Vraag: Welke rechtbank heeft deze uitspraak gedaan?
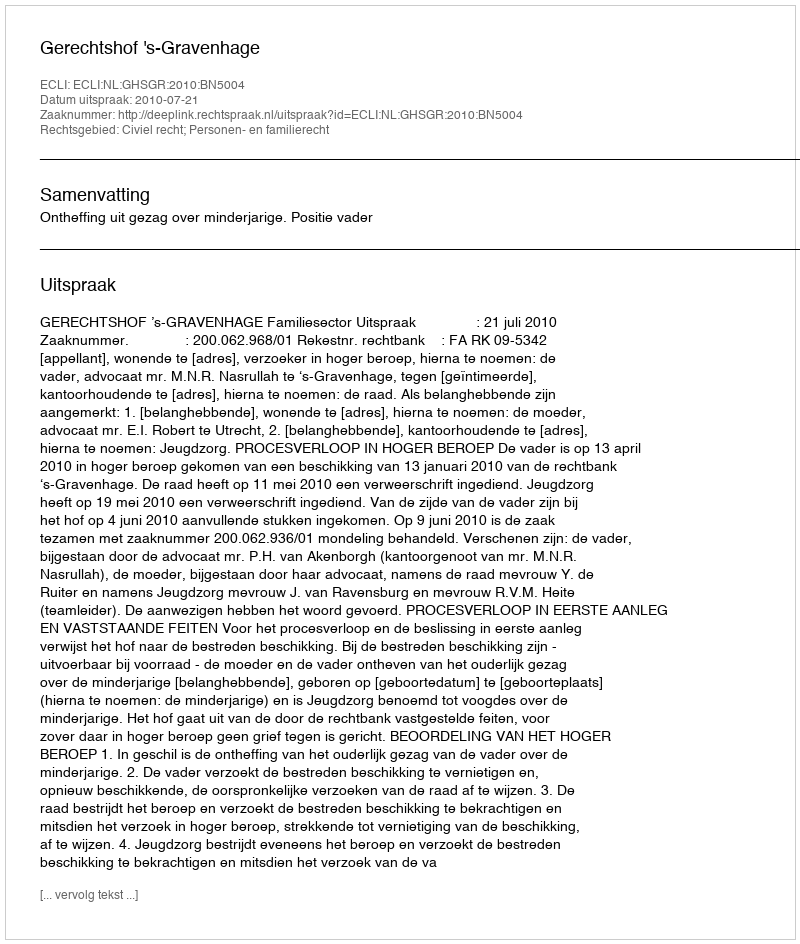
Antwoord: Gerechtshof 's-Gravenhage